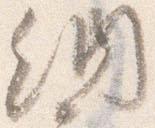
納